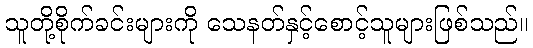
သူတို့စိုက်ခင်းများကို သေနတ်နှင့်စောင့်သူများဖြစ်သည်။